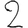
Digit: 2